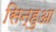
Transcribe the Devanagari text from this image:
सिन्हुआ